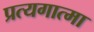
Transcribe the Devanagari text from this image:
प्रत्यगात्मा